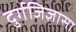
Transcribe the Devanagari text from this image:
दुर्गजिज्ञासा